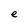
Character: e